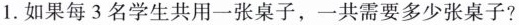
1. 如果每 3 名学生共用一张桌子，一共需要多少张桌子?